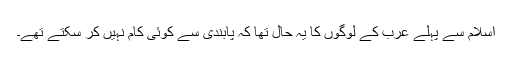
اسلام سے پہلے عرب کے لوگوں کا یہ حال تھا کہ پابندی سے کوئی کام نہیں کر سکتے تھے۔